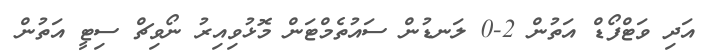
އަދި ވަޓްފޯޑް އަތުން 2-0 ލަނޑުން ސައުތެމްޓަން މޮޅުވިއިރު ނޯވިޗް ސިޓީ އަތުން